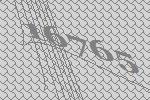
16765